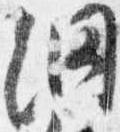
網